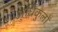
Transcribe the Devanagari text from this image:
अधिकुलों